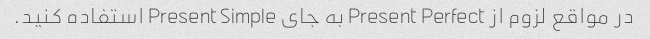
در مواقع لزوم از Present Perfect به جای Present Simple استفاده کنید.